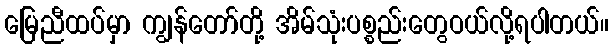
မြေညီထပ်မှာ ကျွန်တော်တို့ အိမ်သုံးပစ္စည်းတွေဝယ်လို့ရပါတယ်။